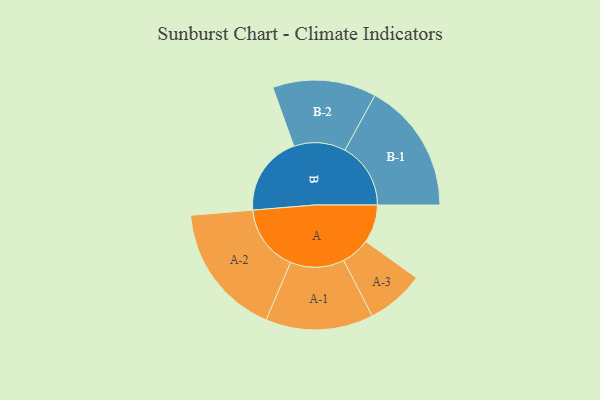
{"axis": {"x": "Segment", "y": "Value"}, "legend": ["", "A", "B"], "data": [{"x": "A", "y": 165, "type": ""}, {"x": "B", "y": 347, "type": ""}, {"x": "A-1", "y": 233, "type": "A"}, {"x": "A-2", "y": 288, "type": "A"}, {"x": "A-3", "y": 125, "type": "A"}, {"x": "B-1", "y": 284, "type": "B"}, {"x": "B-2", "y": 224, "type": "B"}]}